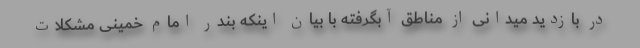
در بازدید میدانی از مناطق آبگرفته با بیان اینکه بندر امام خمینی مشکلات